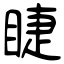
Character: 睫